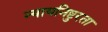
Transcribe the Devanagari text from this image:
न्यायनिष्टुरता